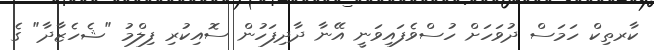
ކާރތިކް ހަމަސް ދުވަހަށް ހުސްވެފައިވަނީ އޭނާ ދާދިފަހުން ސޮއިކުރި ފިލްމު "ޝެހެޒާދާ" ގެ